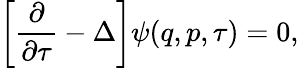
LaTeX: \left[\frac{\partial}{\partial\tau}-\Delta\right]\psi(q,p,\tau)=0,